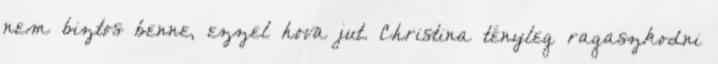
nem biztos benne, ezzel hova jut. Christina tényleg ragaszkodni